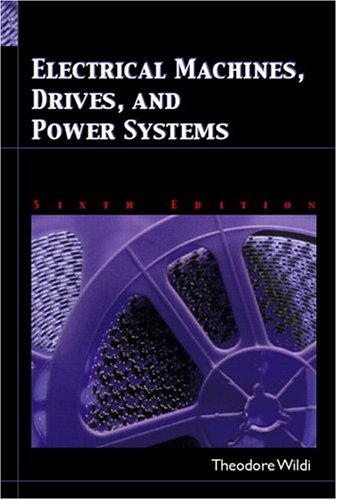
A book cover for Electrical Machines, Drives and Power Systems (6th Edition); Theodore Wildi; Engineering & Transportation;